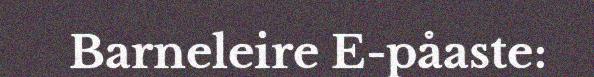
Barneleire E-påaste: